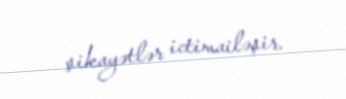
şikayətlər ictimailəşir.